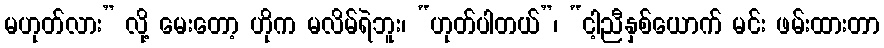
မဟုတ်လား” လို့ မေးတော့ ဟိုက မလိမ်ရဲဘူး၊ “ဟုတ်ပါတယ်”၊ “ငါ့ညီနှစ်ယောက် မင်း ဖမ်းထားတာ